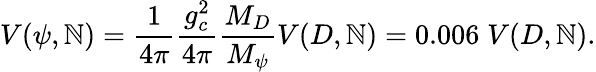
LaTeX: V(\psi,\mathbb{N})={\frac{{1}}{{4\pi}}}{\frac{{g_{c}^{2}}}{{4\pi}}}{\frac{{M_{D}}}{{M_{\psi}}}}V(D,\mathbb{N})=0.006\; V(D,\mathbb{N}).